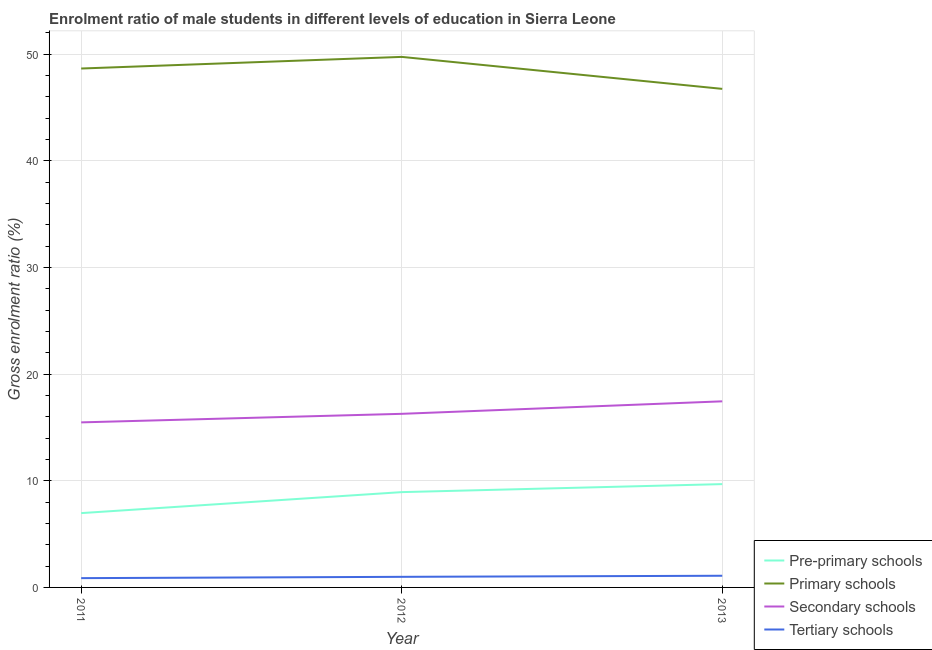
| Year | Pre-primary schools | Primary schools | Secondary schools | Tertiary schools |
 | --- | --- | --- | --- | --- |
 | 2011 | 6.97 | 48.7 | 15.5 | 0.871 |
 | 2012 | 8.94 | 49.8 | 16.3 | 0.993 |
 | 2013 | 9.69 | 46.8 | 17.5 | 1.09 |